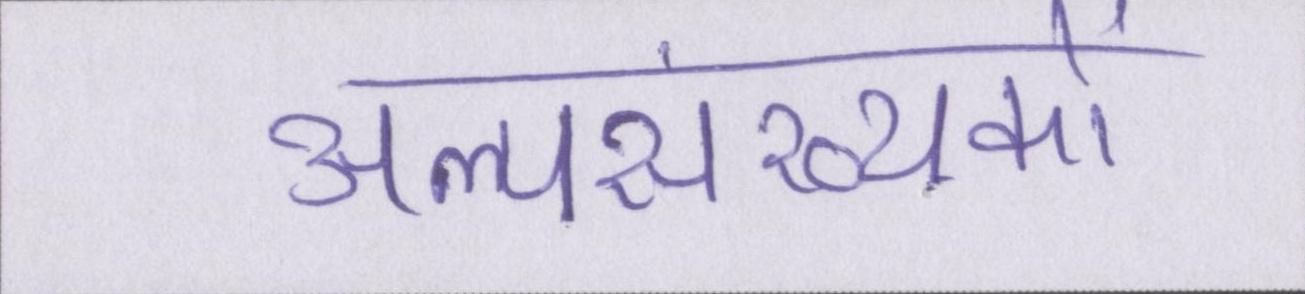
अल्पसंख्यकों